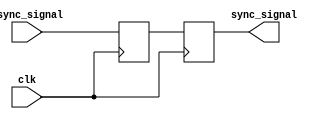
module dual_ff_synchronizer (
    input wire clk,          // Receiving clock (slower clock domain)
    input wire async_signal, // Input signal from the asynchronous domain
    output reg sync_signal   // Synchronized output signal
);

    // Internal signals for the first flip-flop
    reg ff1_out;

    // First flip-flop: captures the asynchronous signal
    always @(posedge clk) begin
        ff1_out <= async_signal; // Capture the asynchronous signal
    end

    // Second flip-flop: captures the output of the first flip-flop
    always @(posedge clk) begin
        sync_signal <= ff1_out; // Synchronized output
    end

endmodule